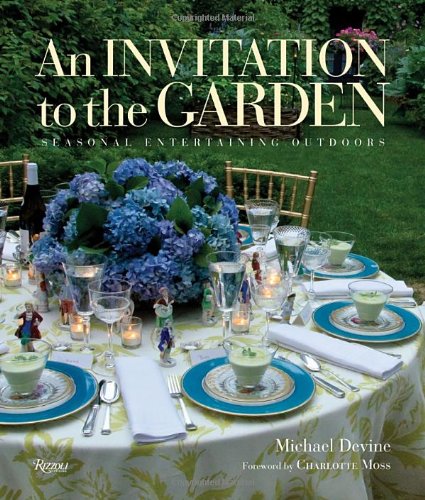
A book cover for An Invitation to the Garden: Seasonal Entertaining Outdoors; Michael Devine; Crafts, Hobbies & Home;